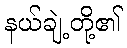
နယ်ချဲ့တို့၏